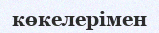
көкелерімен